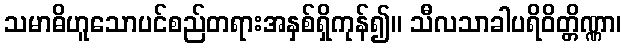
သမာဓိဟူသောပင်စည်တရားအနှစ်ရှိကုန်၍။ သီလသာခါပရိဝိတ္တိဏ္ဏာ၊